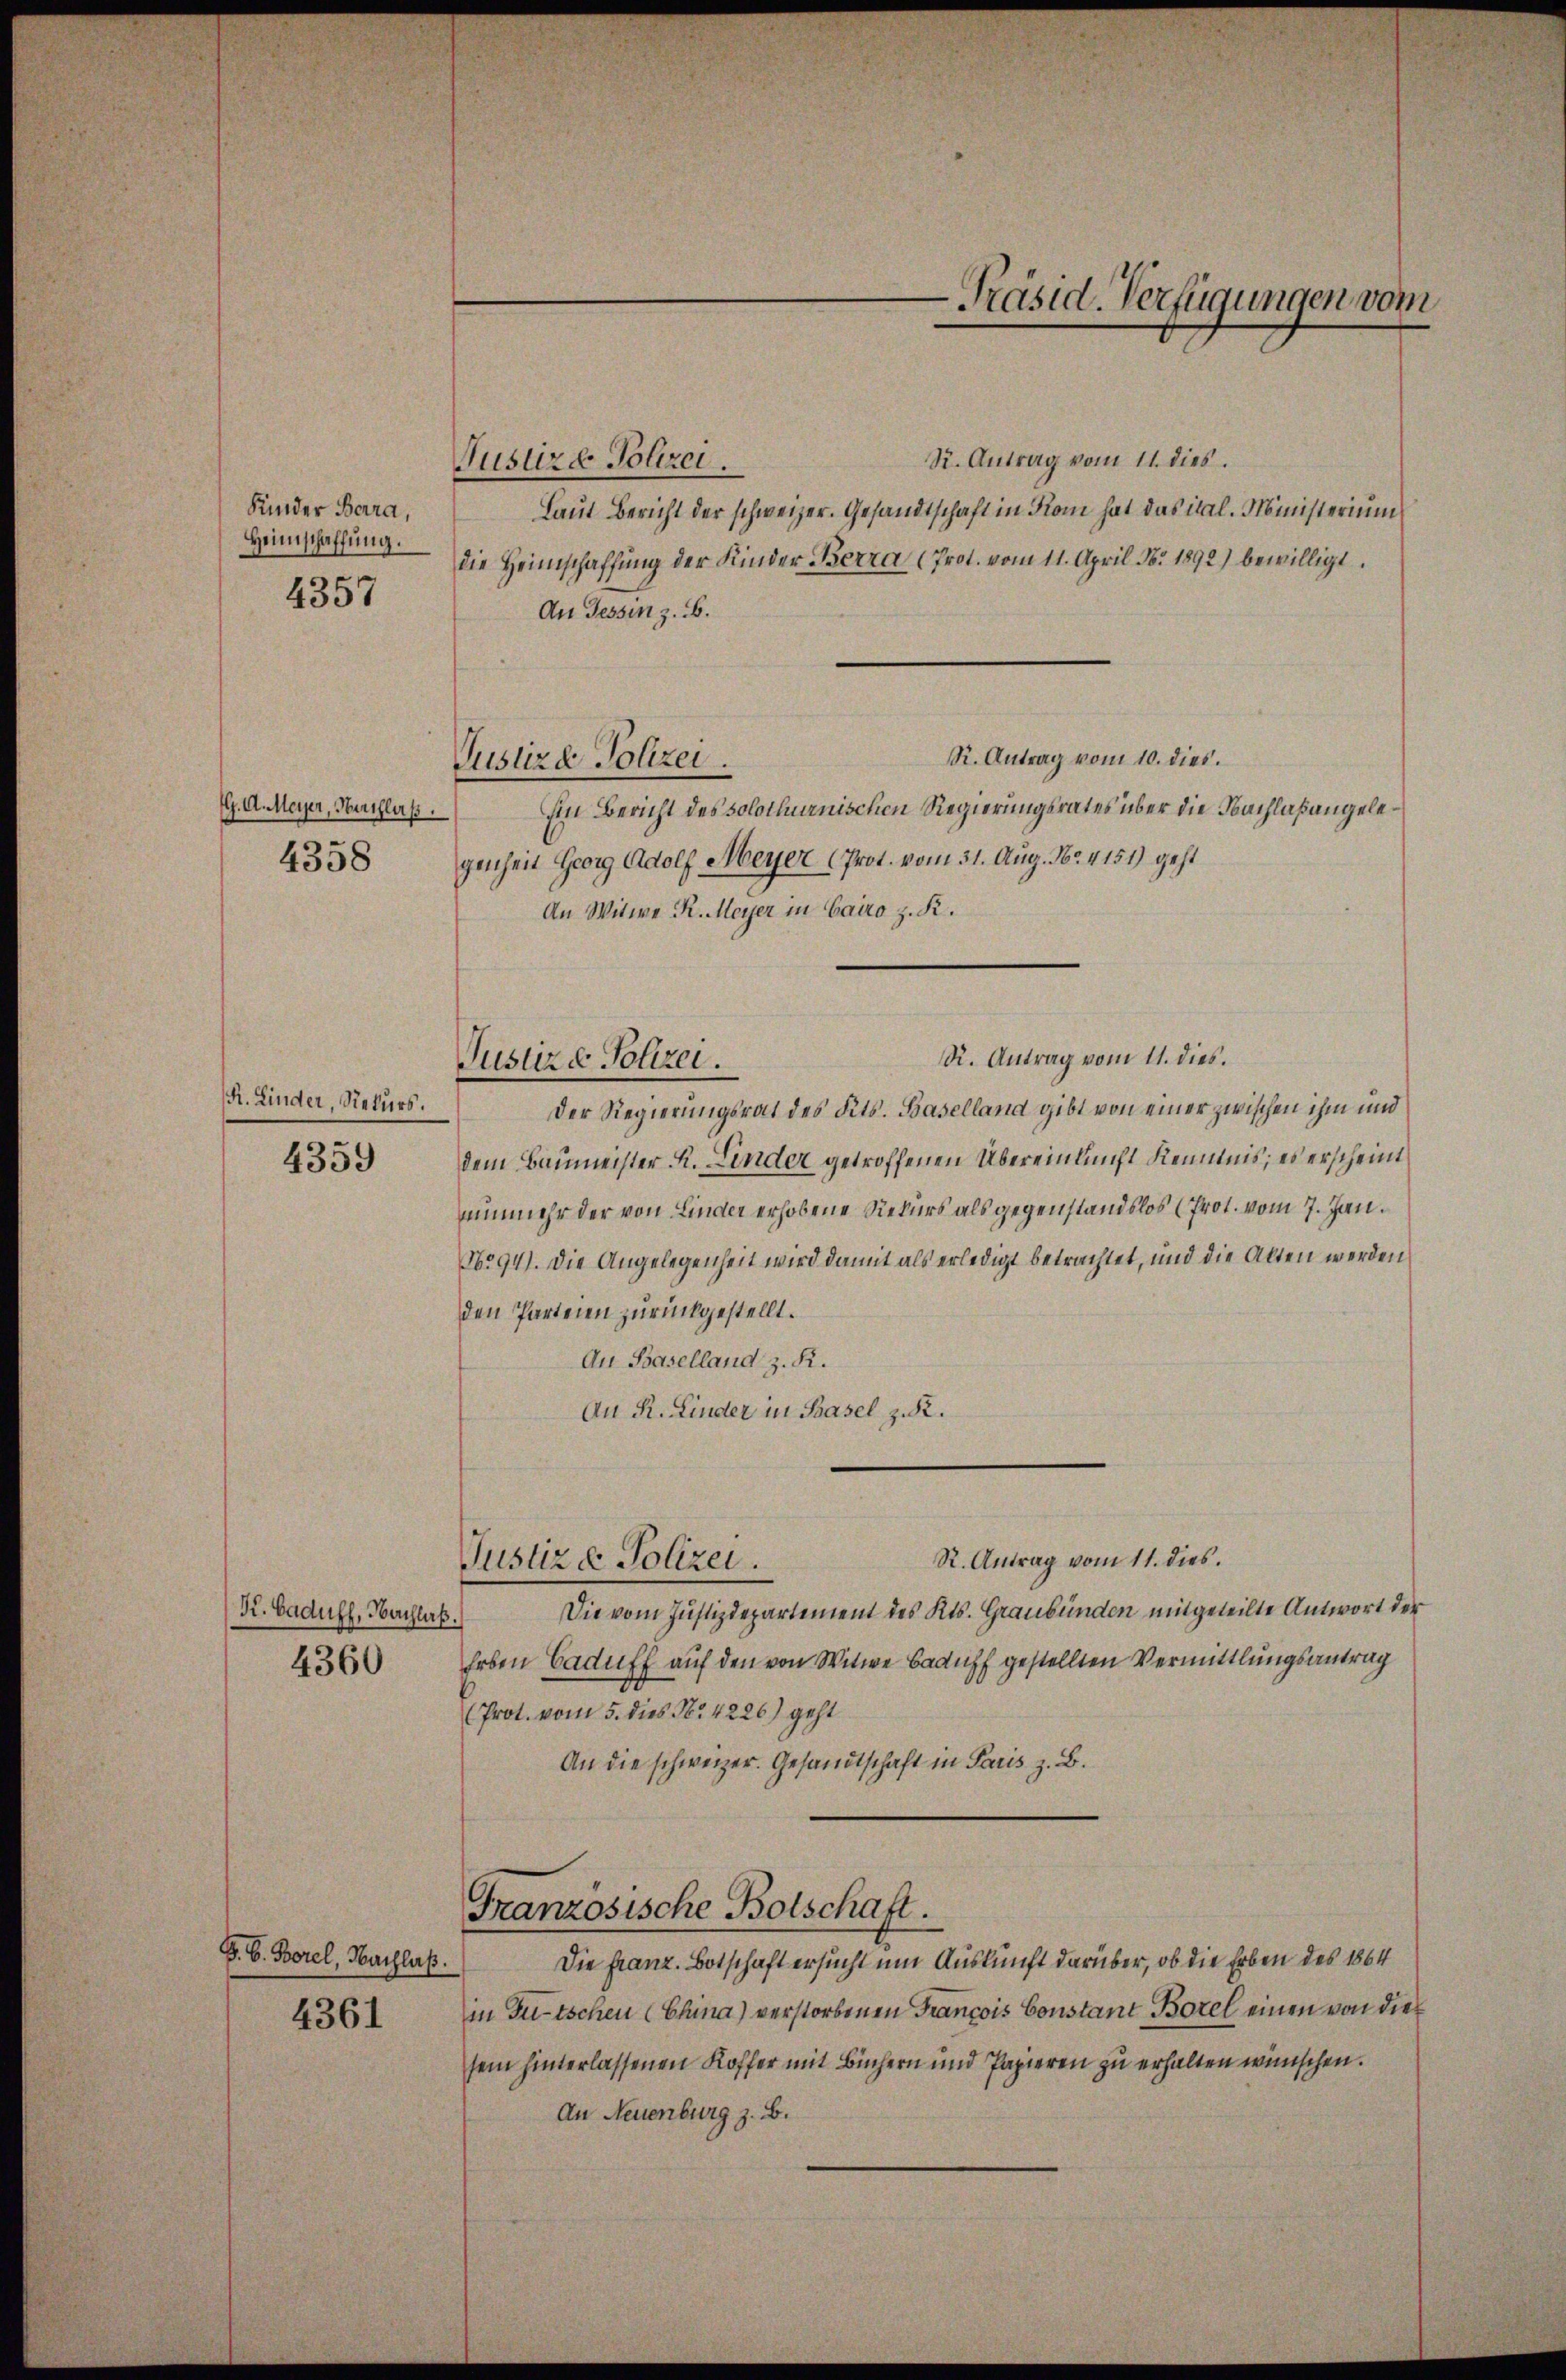
Kinder Berra,
Heimschaffung.
4357

G. A. Meyer, Herrfluss.
4358

R. Linder, Rekurs.
4359

K. Baduff, Hochluß.
4360

S. S. Borel, Nachlaß.

4361

St. Antrag vom 11. dies
Justizd Polizei.
Laut Bericht der schweizer. Gesandtschaft in Rom hat das ital. Ministerium
die Heimschaffung der Kinder-Berra (Prot. vom 11. April N. 1892) bewilligt.
An Tessin z. B.
R. Antrag vom 10. dies.
iin Bericht des solothurnischen Regierungsrates über die Nachlaßangelegenheit Georg Adolf Meyer (Prot. vom 31. Aug. No. 4151) geht
An Witwe R. Meyer in Cairo z. R.
R. Antrag vom 11. dies.
Der Regierungsrat des Kts. Baselland gibt von einer zwischen ihm und
dem Baumeister K. Linder getroffenen Übereinkunft Kenntnis, es erscheint
nunmehr der von Linder erhobene Rekurs als gegenstandslos (Prot. vom 7. Jan.
N.94). Die Angelegenheit wird damit als erledigt betrachtet, und die Alten werden
den Parteien zurückgestellt.
An Baselland z. R.
An R. Linder in Basel z. R.
R. Antrag vom 11. dies.
Justiz & Polizei.
Die vom Justizdepartement des Kts. Graubünden mitgeteilte Antwort der
Erben Caduff auf den von Witwe Baduff gestellten Vermittlungsantrag
(Prot. vom 5. dies No. 4226) geht
An die schweizer. Gesandtschaft in Paris z. B.
Französische Botschaft.
Die Franz. Botschaft ersucht um Auskunft darüber, ob die Erben des 1864
in Gutschen (China) verstorbenen Francois Constant Borel einen von die
sein hinterlassenen Koffer mit Büchern und Papieren zu erhalten wünschen.
An Neuenburg z. B.

Justizd Polizei.

Justiz & Polizei.

-Präsid-Verfügungen vom